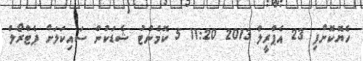
ހެޔޮކޮށްފި 23 އެޕްރީލް 2013 11:20 5 ކޮމެންޓު ޝެޑަކުން ސައިކަލަށް ޕެޓްރޯލް